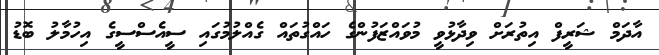
އާދަމް ޝަރީފް އިތުރަށް ވިދާޅުވީ މުވައްޒަފުންގެ ހައްގުތައް ގެއްލުމުގައި ސީއެސްސީގެ އިހުމާލު ބޮޑު